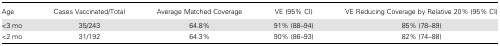
<table><thead><tr><td><b>Age</b></td><td><b>Cases Vaccinated/Total</b></td><td><b>Average Matched Coverage</b></td><td><b>VE (95% CI)</b></td><td><b>VE Reducing Coverage by Relative 20% (95% CI)</b></td></tr></thead><tbody><tr><td>&lt;3 mo</td><td>35/243</td><td>64.8%</td><td>91% (88–94)</td><td>85% (78–89)</td></tr><tr><td>&lt;2 mo</td><td>31/192</td><td>64.3%</td><td>90% (86–93)</td><td>82% (74–88)</td></tr></tbody></table>